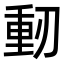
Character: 𠞕